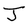
Character: J